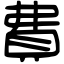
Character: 費